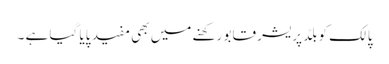
پالک کو بلڈ پریشر قابو رکھنے میں بھی مفید پایا گیا ہے ۔